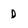
Character: D